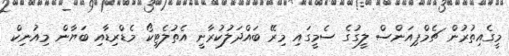
މީގެއިތުރުން ޗެމްޕިއަންސް ލީގުގެ ސެމީގައި މިރޭ ބައްދަލުކުރާނީ އެތުލެޓިކޯ މެޑްރިޑާއި ބަޔާން މިއުނިކް